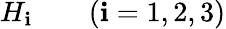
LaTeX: H_{\mathbf{i}}\qquad(\mathbf{i}=1,2,3)